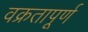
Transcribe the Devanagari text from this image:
वक्रतापूर्ण